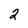
Character: 2